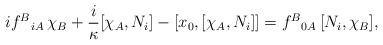
LaTeX: \begin{align*} i f^{B}{}_{i A}\, \chi_B+\frac{i}\kappa [\chi_A,N_i]- [x_0,[\chi_A, N_i]] =f^{B}{}_{0 A}\, [N_i, \chi_B],\end{align*}